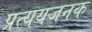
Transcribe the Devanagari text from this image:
प्रत्ययजनक